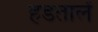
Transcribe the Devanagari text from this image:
हडतालें